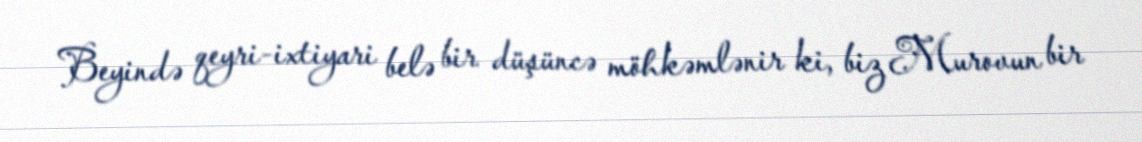
Beyində qeyri-ixtiyari belə bir düşüncə möhkəmlənir ki, biz Murovun bir